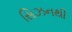
સિઝનથી